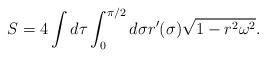
LaTeX: \begin{align*}S = 4 \int d\tau \int_0^{\pi/2} d\sigma r^\prime(\sigma) \sqrt{1-r^2\omega^2} . \end{align*}